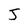
Character: J